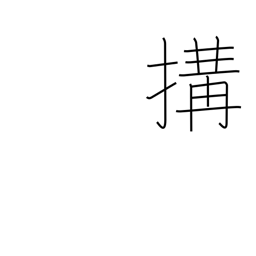
Meaning: cause